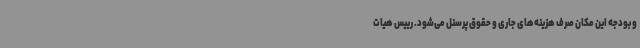
و بودجه این مکان صرف هزینه‌های جاری و حقوق پرسنل می‌شود. رییس هیات